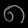
Digit: ၈